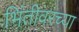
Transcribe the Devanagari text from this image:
भिंतीवरच्या